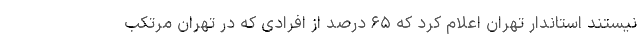
نیستند استاندار تهران اعلام کرد که ۶۵ درصد از افرادی که در تهران مرتکب